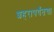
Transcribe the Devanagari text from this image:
शहरापर्यंतचा